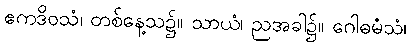
ဧကဒိဝသံ၊ တစ်နေ့သ၌။ သာယံ၊ ညအခါ၌။ ဂေါဓမံသံ၊